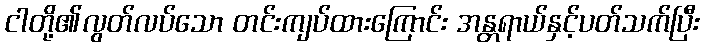
ငါတို့၏လွတ်လပ်သော တင်းကျပ်ထားကြောင်း အန္တရာယ်နှင့်ပတ်သက်ပြီး